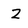
Character: Z